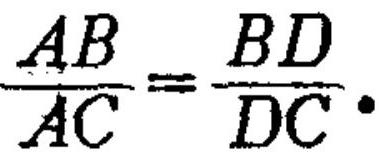
\(\frac{AB}{AC}=\frac{BD}{DC}.\)